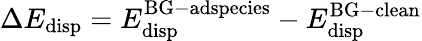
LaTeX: \Delta E_{\mathrm{disp}}=E_{\mathrm{disp}}^{\mathrm{BG-adspecies}}-E_{\mathrm{disp}}^{\mathrm{BG-clean}}